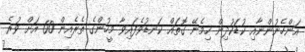
އަންހެނުންނާއި ކުޑަކުދިން ހިމެނޭ ގޮތައް ކަނޑުވެފައިވާ މީހުންގެ ތެރެއިން 60 އަށް ވުރެ